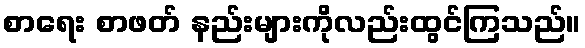
စာရေး စာဖတ် နည်းများကိုလည်းထွင်ကြသည်။